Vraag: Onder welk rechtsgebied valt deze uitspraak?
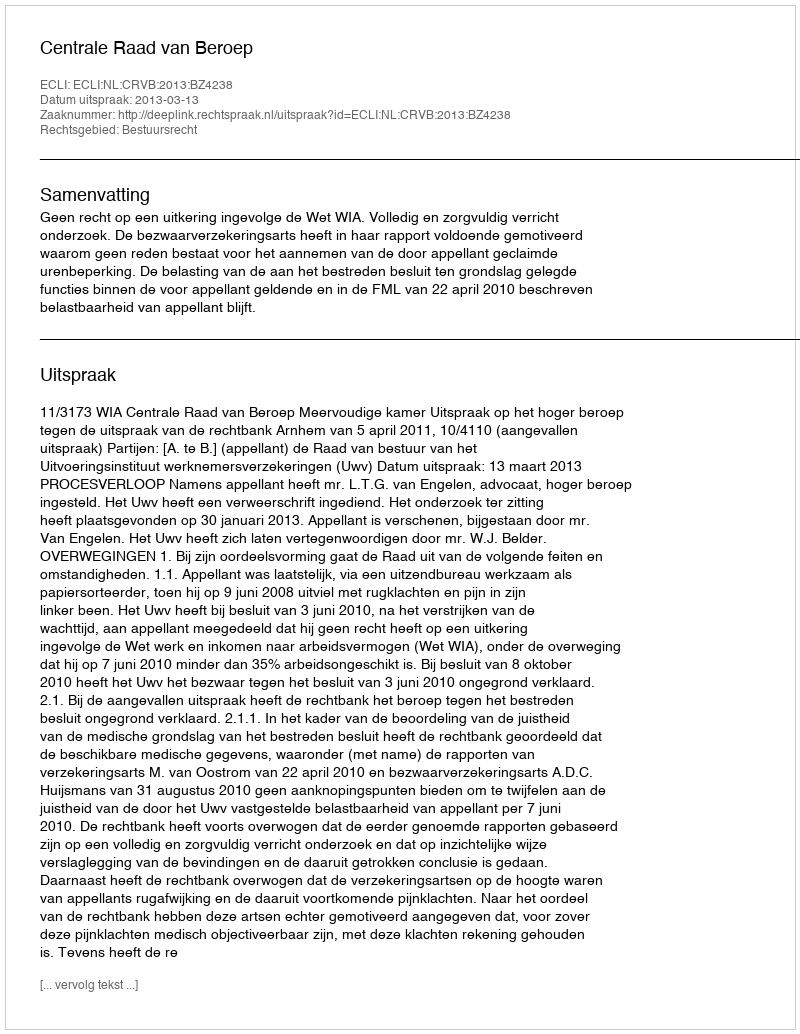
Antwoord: Bestuursrecht